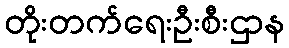
တိုးတက်ရေးဦးစီးဌာန